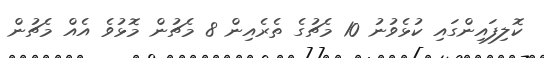
ކޮލިފައިންގައި ކުޅެވުނު 10 މެޗުގެ ތެރެއިން 8 މެޗުން މޮޅުވެ އެއް މެޗުން